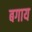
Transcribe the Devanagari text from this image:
बगाय